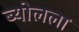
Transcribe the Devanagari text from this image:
ब्योलला